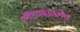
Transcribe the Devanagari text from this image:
लॅटियममध्येच